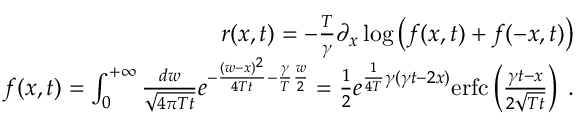
\begin{array} { r l r } & { } & { r ( x , t ) = - \frac { T } { \gamma } \partial _ { x } \log \left( f ( x , t ) + f ( - x , t ) \right) } \\ & { } & { f ( x , t ) = \int _ { 0 } ^ { + \infty } \frac { d w } { \sqrt { 4 \pi T t } } e ^ { - \frac { ( w - x ) ^ { 2 } } { 4 T t } - \frac { \gamma } { T } \frac { w } { 2 } } = \frac { 1 } { 2 } e ^ { \frac { 1 } { 4 T } \gamma ( \gamma t - 2 x ) } \mathrm { e r f c } \left( \frac { \gamma t - x } { 2 \sqrt { T t } } \right) \; . } \end{array}